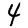
Digit: 4